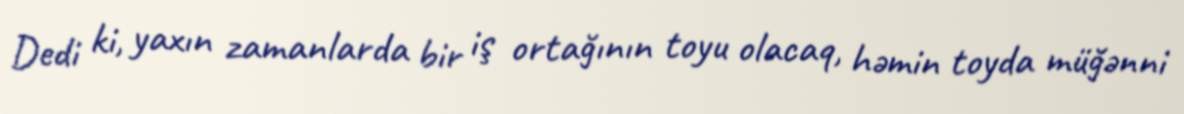
Dedi ki, yaxın zamanlarda bir iş ortağının toyu olacaq, həmin toyda müğənni